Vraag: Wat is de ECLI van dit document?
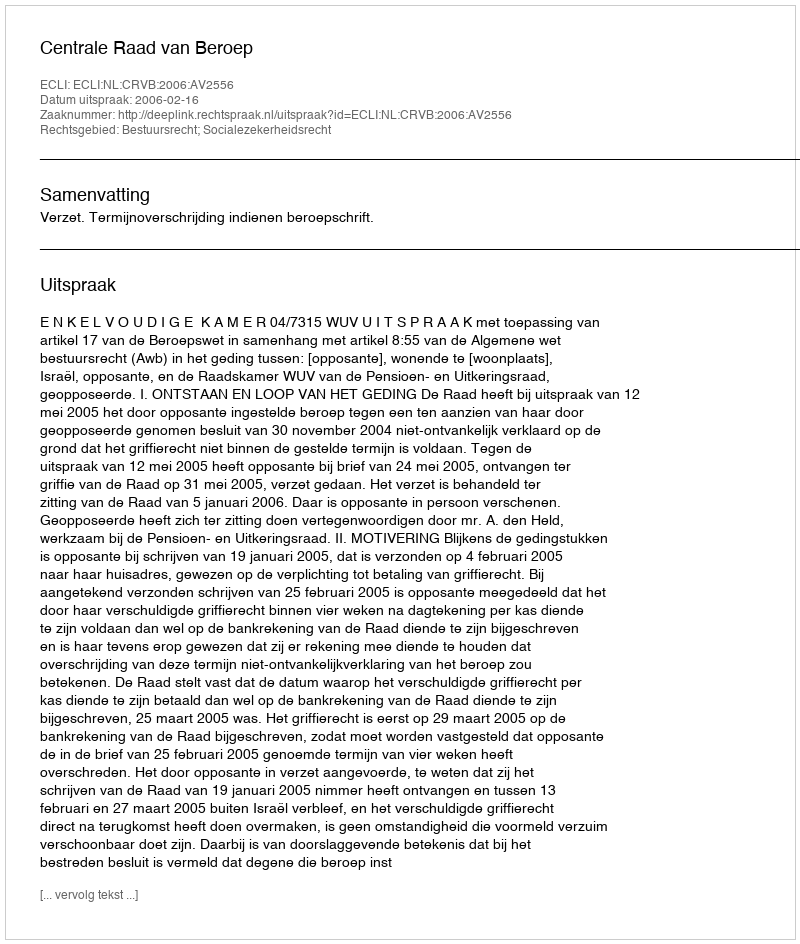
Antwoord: ECLI:NL:CRVB:2006:AV2556